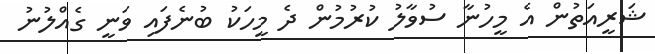
ޝަރީއަތުން އެ މީހުނާ ސުވާލު ކުރުމުން ދެ މީހަކު ބުނެފައި ވަނީ ގެއްލުނު